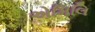
એમિલિ